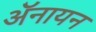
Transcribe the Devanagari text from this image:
ॲनायन